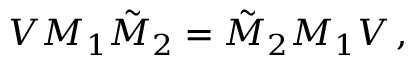
V M _ { 1 } \tilde { M } _ { 2 } = \tilde { M } _ { 2 } M _ { 1 } V \, ,